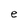
Character: e